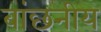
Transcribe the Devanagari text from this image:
बांछनीय